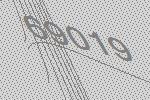
69019